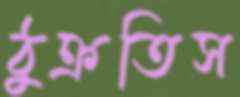
ঠুক্‌রতিস